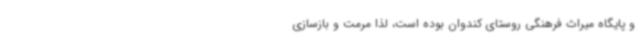
و پایگاه میراث فرهنگی روستای کندوان بوده است، لذا مرمت و بازسازی